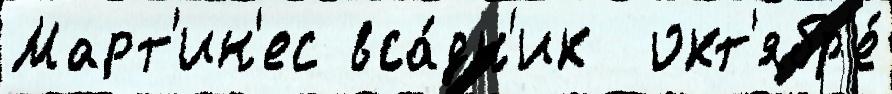
Март'ин'ес вса́дн'ик  окт'ябр'е́